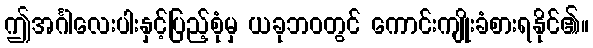
ဤအင်္ဂါလေးပါးနှင့်ပြည့်စုံမှ ယခုဘဝတွင် ကောင်းကျိုးခံစားရနိုင်၏။